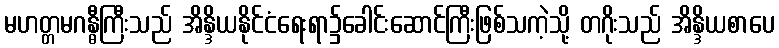
မဟတ္တမဂန္ဓီကြီးသည် အိန္ဒိယနိုင်ငံရေးရာ၌ခေါင်းဆောင်ကြီးဖြစ်သကဲ့သို့ တဂိုးသည် အိန္ဒိယစာပေ